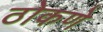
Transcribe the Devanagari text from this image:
ठोकणे